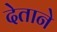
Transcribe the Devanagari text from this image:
देताने